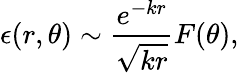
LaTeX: \epsilon(r,\theta)\sim\frac{e^{-kr}}{\sqrt{kr}}F(\theta),